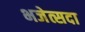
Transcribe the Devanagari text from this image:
भजेत्सदा